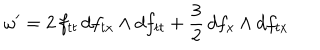
\omega ^ { \prime } = 2 \, f _ { t t } \, d f _ { t x } \wedge d f _ { t t } + \frac { 3 } { 2 } \, d f _ { x } \wedge d f _ { t x }